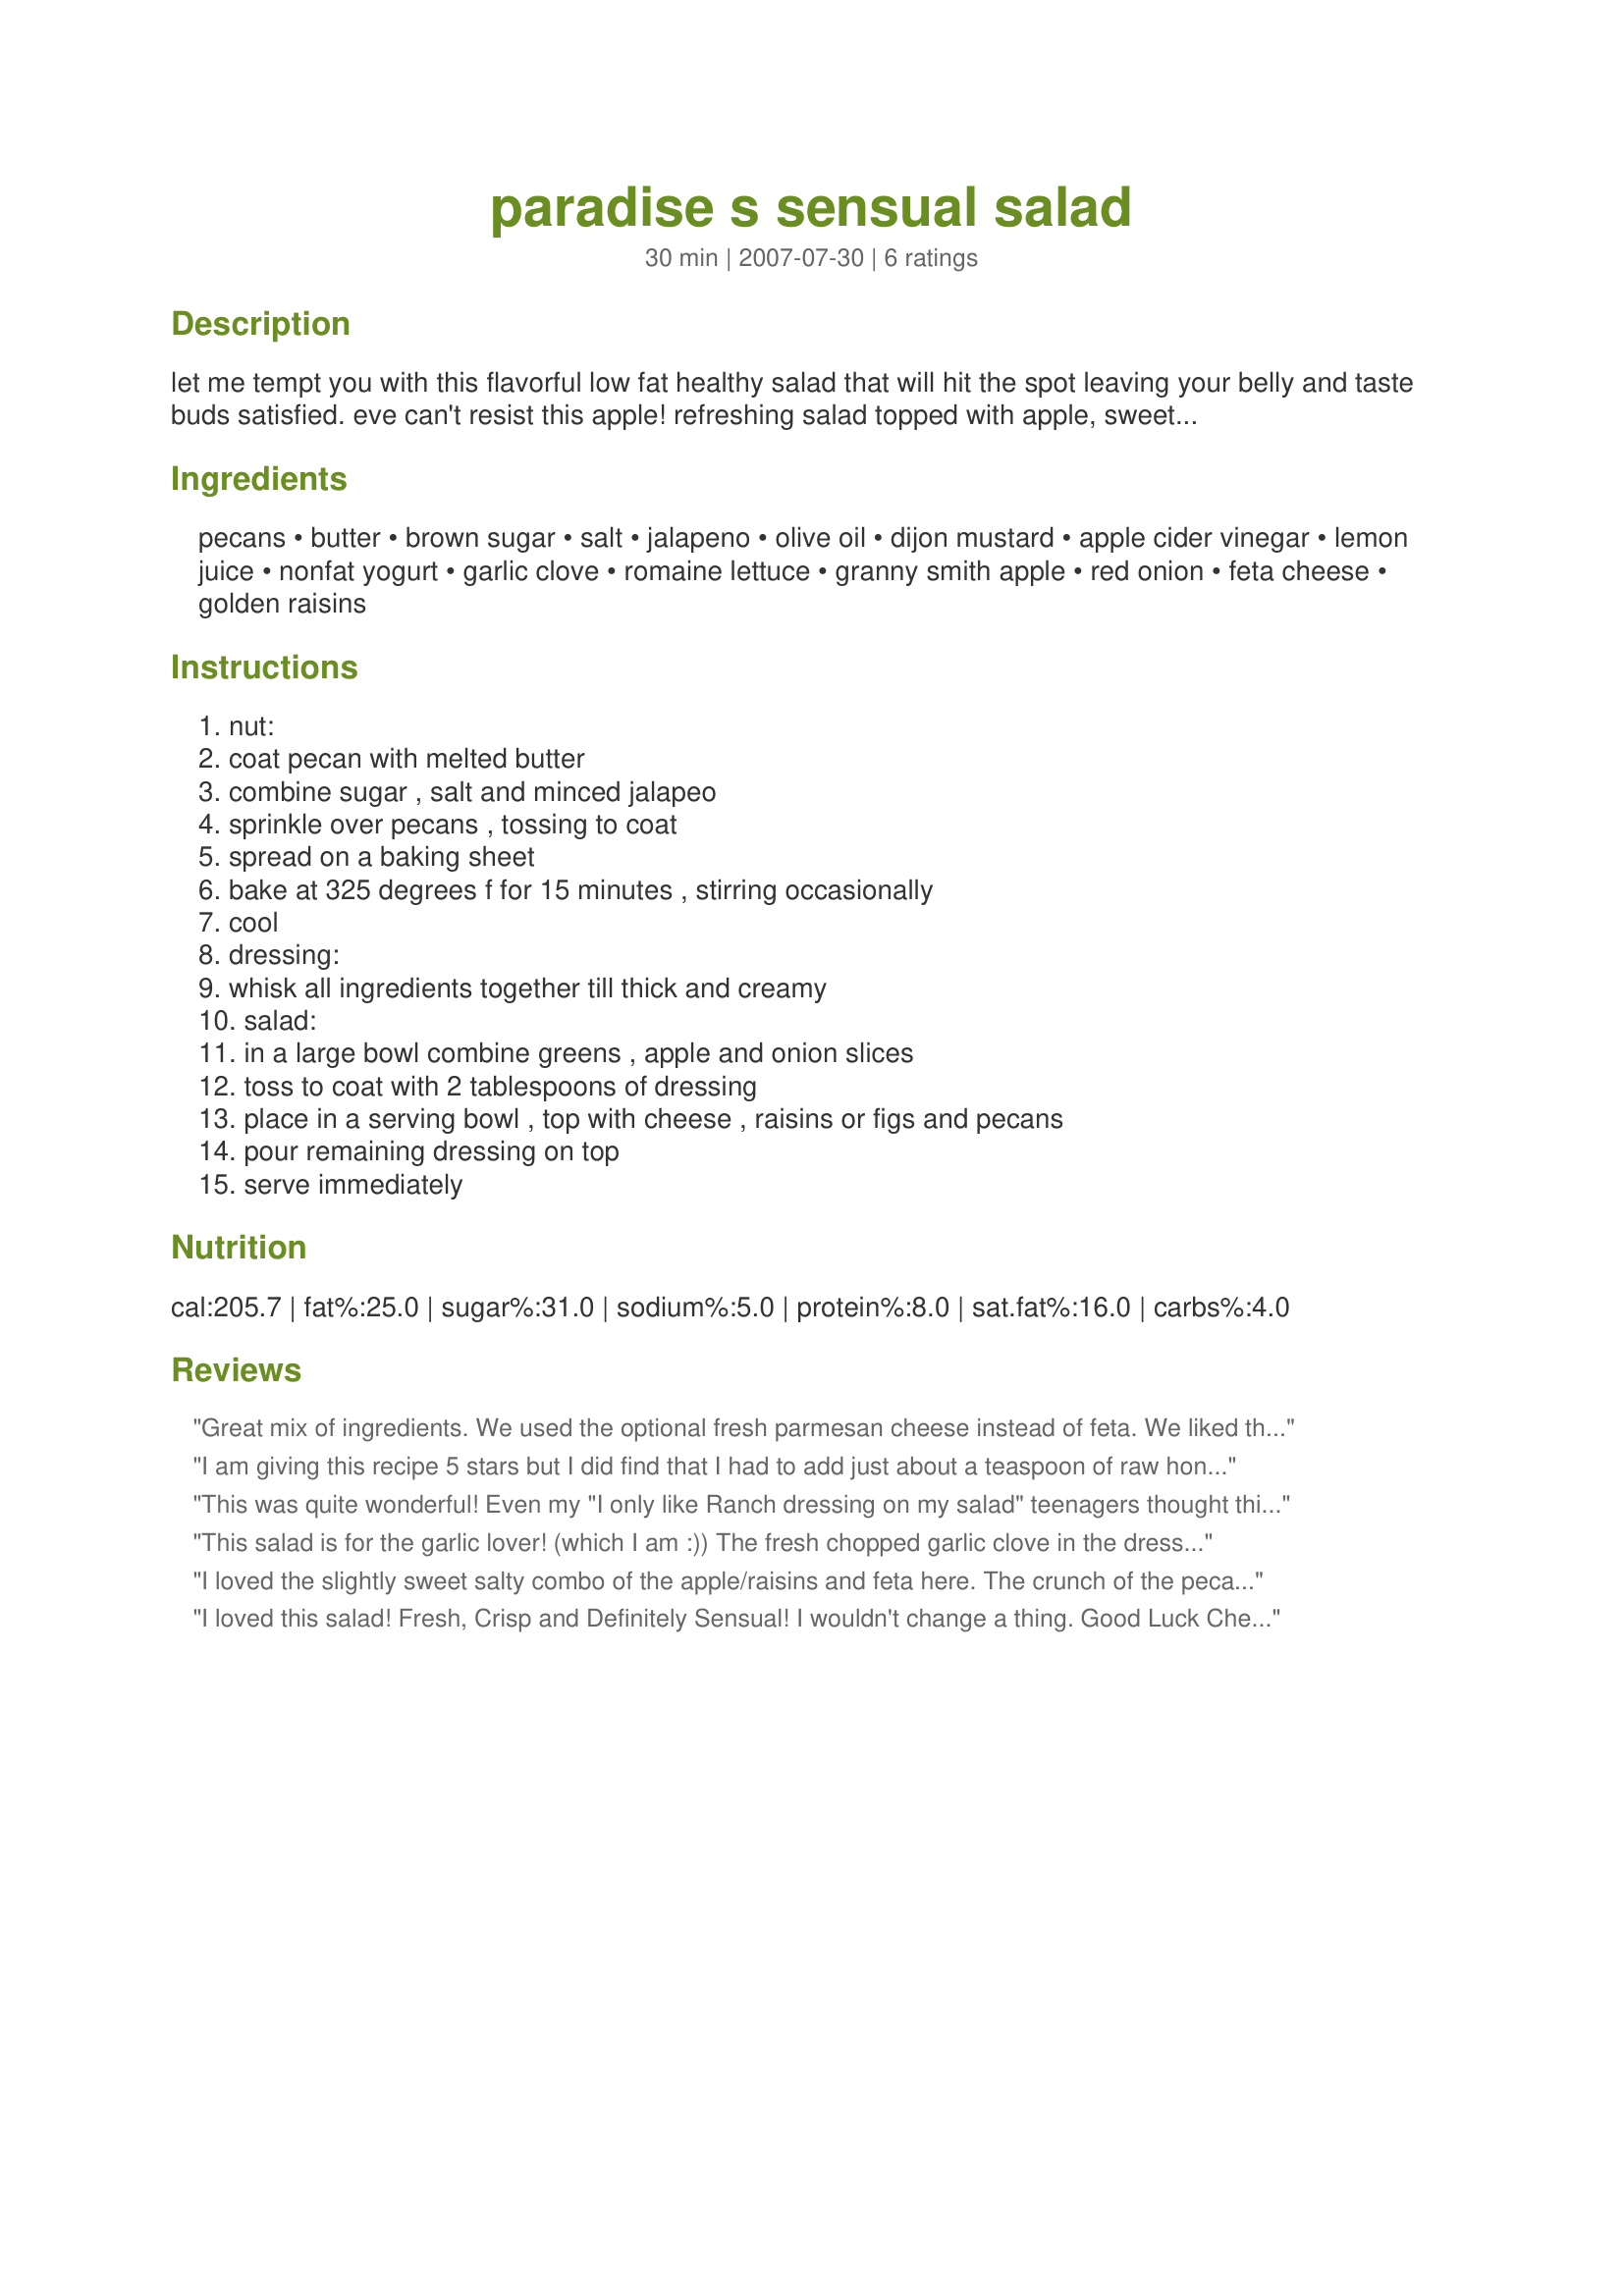
paradise s sensual salad
Preparation time: 30 minutes

let me tempt you with this flavorful low fat healthy salad that will hit the spot leaving your belly and taste buds satisfied. eve can't resist this apple! refreshing salad topped with apple, sweet and spicy pecans, salty feta, and lightly coated with just the right amount of creamy tangy dressing. paradise salad's from your garden of eden where all good things grow! jubilate!! the only thing that falls here is weight! serve with beaujolais, sauvignon blanc, or new world pinot noir.

Ingredients:
pecans, butter, brown sugar, salt, jalapeno, olive oil, dijon mustard, apple cider vinegar, lemon juice, nonfat yogurt, garlic clove, romaine lettuce, granny smith apple, red onion, feta cheese, golden raisins

Steps:
nut:, coat pecan with melted butter, combine sugar , salt and minced jalapeo, sprinkle over pecans , tossing to coat, spread on a baking sheet, bake at 325 degrees f for 15 minutes , stirring occasionally, cool, dressing:, whisk all ingredients together till thick and creamy, salad:, in a large bowl combine greens , apple and onion slices, toss to coat with 2 tablespoons of dressing, place in a serving bowl , top with cheese , raisins or figs and pecans, pour remaining dressing on top, serve immediately

Reviews:
Great mix of ingredients. We used the optional fresh parmesan cheese instead of feta. We liked the salad but we did not care at all for the dressing. We found it too harsh and strong over the sweet ingredients that were in this salad. We added some honey to it and it seemed to balance out better. Thanks for an interesting combo of veggies/fruits and nuts. Good luck chef!
I am giving this recipe 5 stars but I did find that I had to add just about a teaspoon of raw honey to the dressing to make it a little less tart. But everything else went together in the most awesome way. I had fresh home grown figs and apple, plus real farmer&#039;s market feta and lettuce. I had to sub out the pecans cause I was out and just threw a few pine nuts on top instead
This was quite wonderful! Even my "I only like Ranch dressing on my salad" teenagers thought this was good. I used bleu cheese this time, but will definately be making this one again and will try it with the feta cheese next. Good salad!
This salad is for the garlic lover! (which I am :)) The fresh chopped garlic clove in the dressing was delicious (I used my garlic press which probably made it juicier than if i had just chopped it by hand). all the ingredients complemented each other very well. I was a little nervous about coating the pecans with the jalapeno, but after they were cooked we couldn't really taste it. I may just omit the jalapeno next time. Thanks for a great salad recipe!!
I loved the slightly sweet salty combo of the apple/raisins and feta here. The crunch of the pecans mixed with the flavourful dressing was nice. Good luck in RSC #10!
I loved this salad! Fresh, Crisp and Definitely Sensual! I wouldn't change a thing. Good Luck Chef!!!
